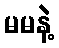
မမနဲ့